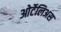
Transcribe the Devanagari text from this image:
ओर्टेलिअस